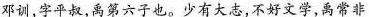
邓训，字平叔，禹第六子也。少有大志，不好文学，禹常非